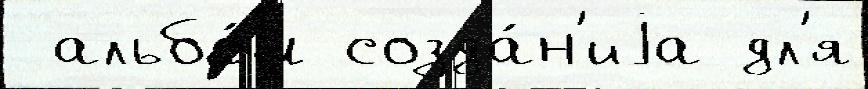
 альбо́м созда́н'иjа дл'я